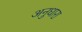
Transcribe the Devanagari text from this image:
अनुधारा